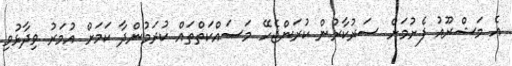
އެ މަޝްރޫއު ފެށުމަށް ސަރުކާރުން ކުރަންޖެހޭ މަސައްކަތްތައް ކުރަމުންދާ ކަމަށް އުމަރު ވިދާޅުވި